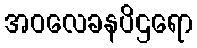
အဝလေခနပိဌရော